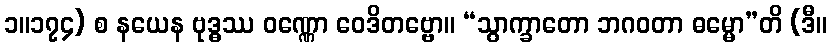
၁။၁၇၄) စ နယေန ဗုဒ္ဓဿ ဝဏ္ဏော ဝေဒိတဗ္ဗော။ “သွာက္ခာတော ဘဂဝတာ ဓမ္မော”တိ (ဒီ။